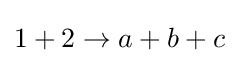
1+2\to a+b+c